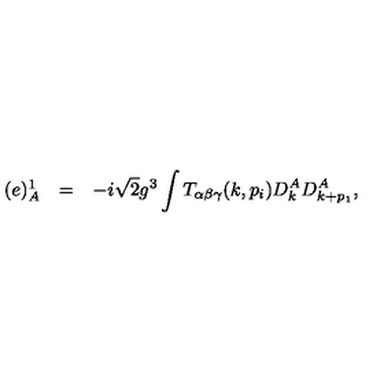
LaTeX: \begin{array} { r c l } { ( e ) _ { A } ^ { 1 } } & { = } & { \displaystyle - i \sqrt { 2 } g ^ { 3 } \int T _ { \alpha \beta \gamma } ( k , p _ { i } ) D _ { k } ^ { A } D _ { k + p _ { 1 } } ^ { A } , } \\ \end{array}